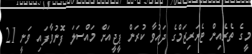
މީގެ ތެރެއިން ޓެރަރިޒަމްގެ ދައުވާ ކުރަން ޕީޖީއަށް މައްސަލަ ފޮނުވާފައި ވަނީ 21